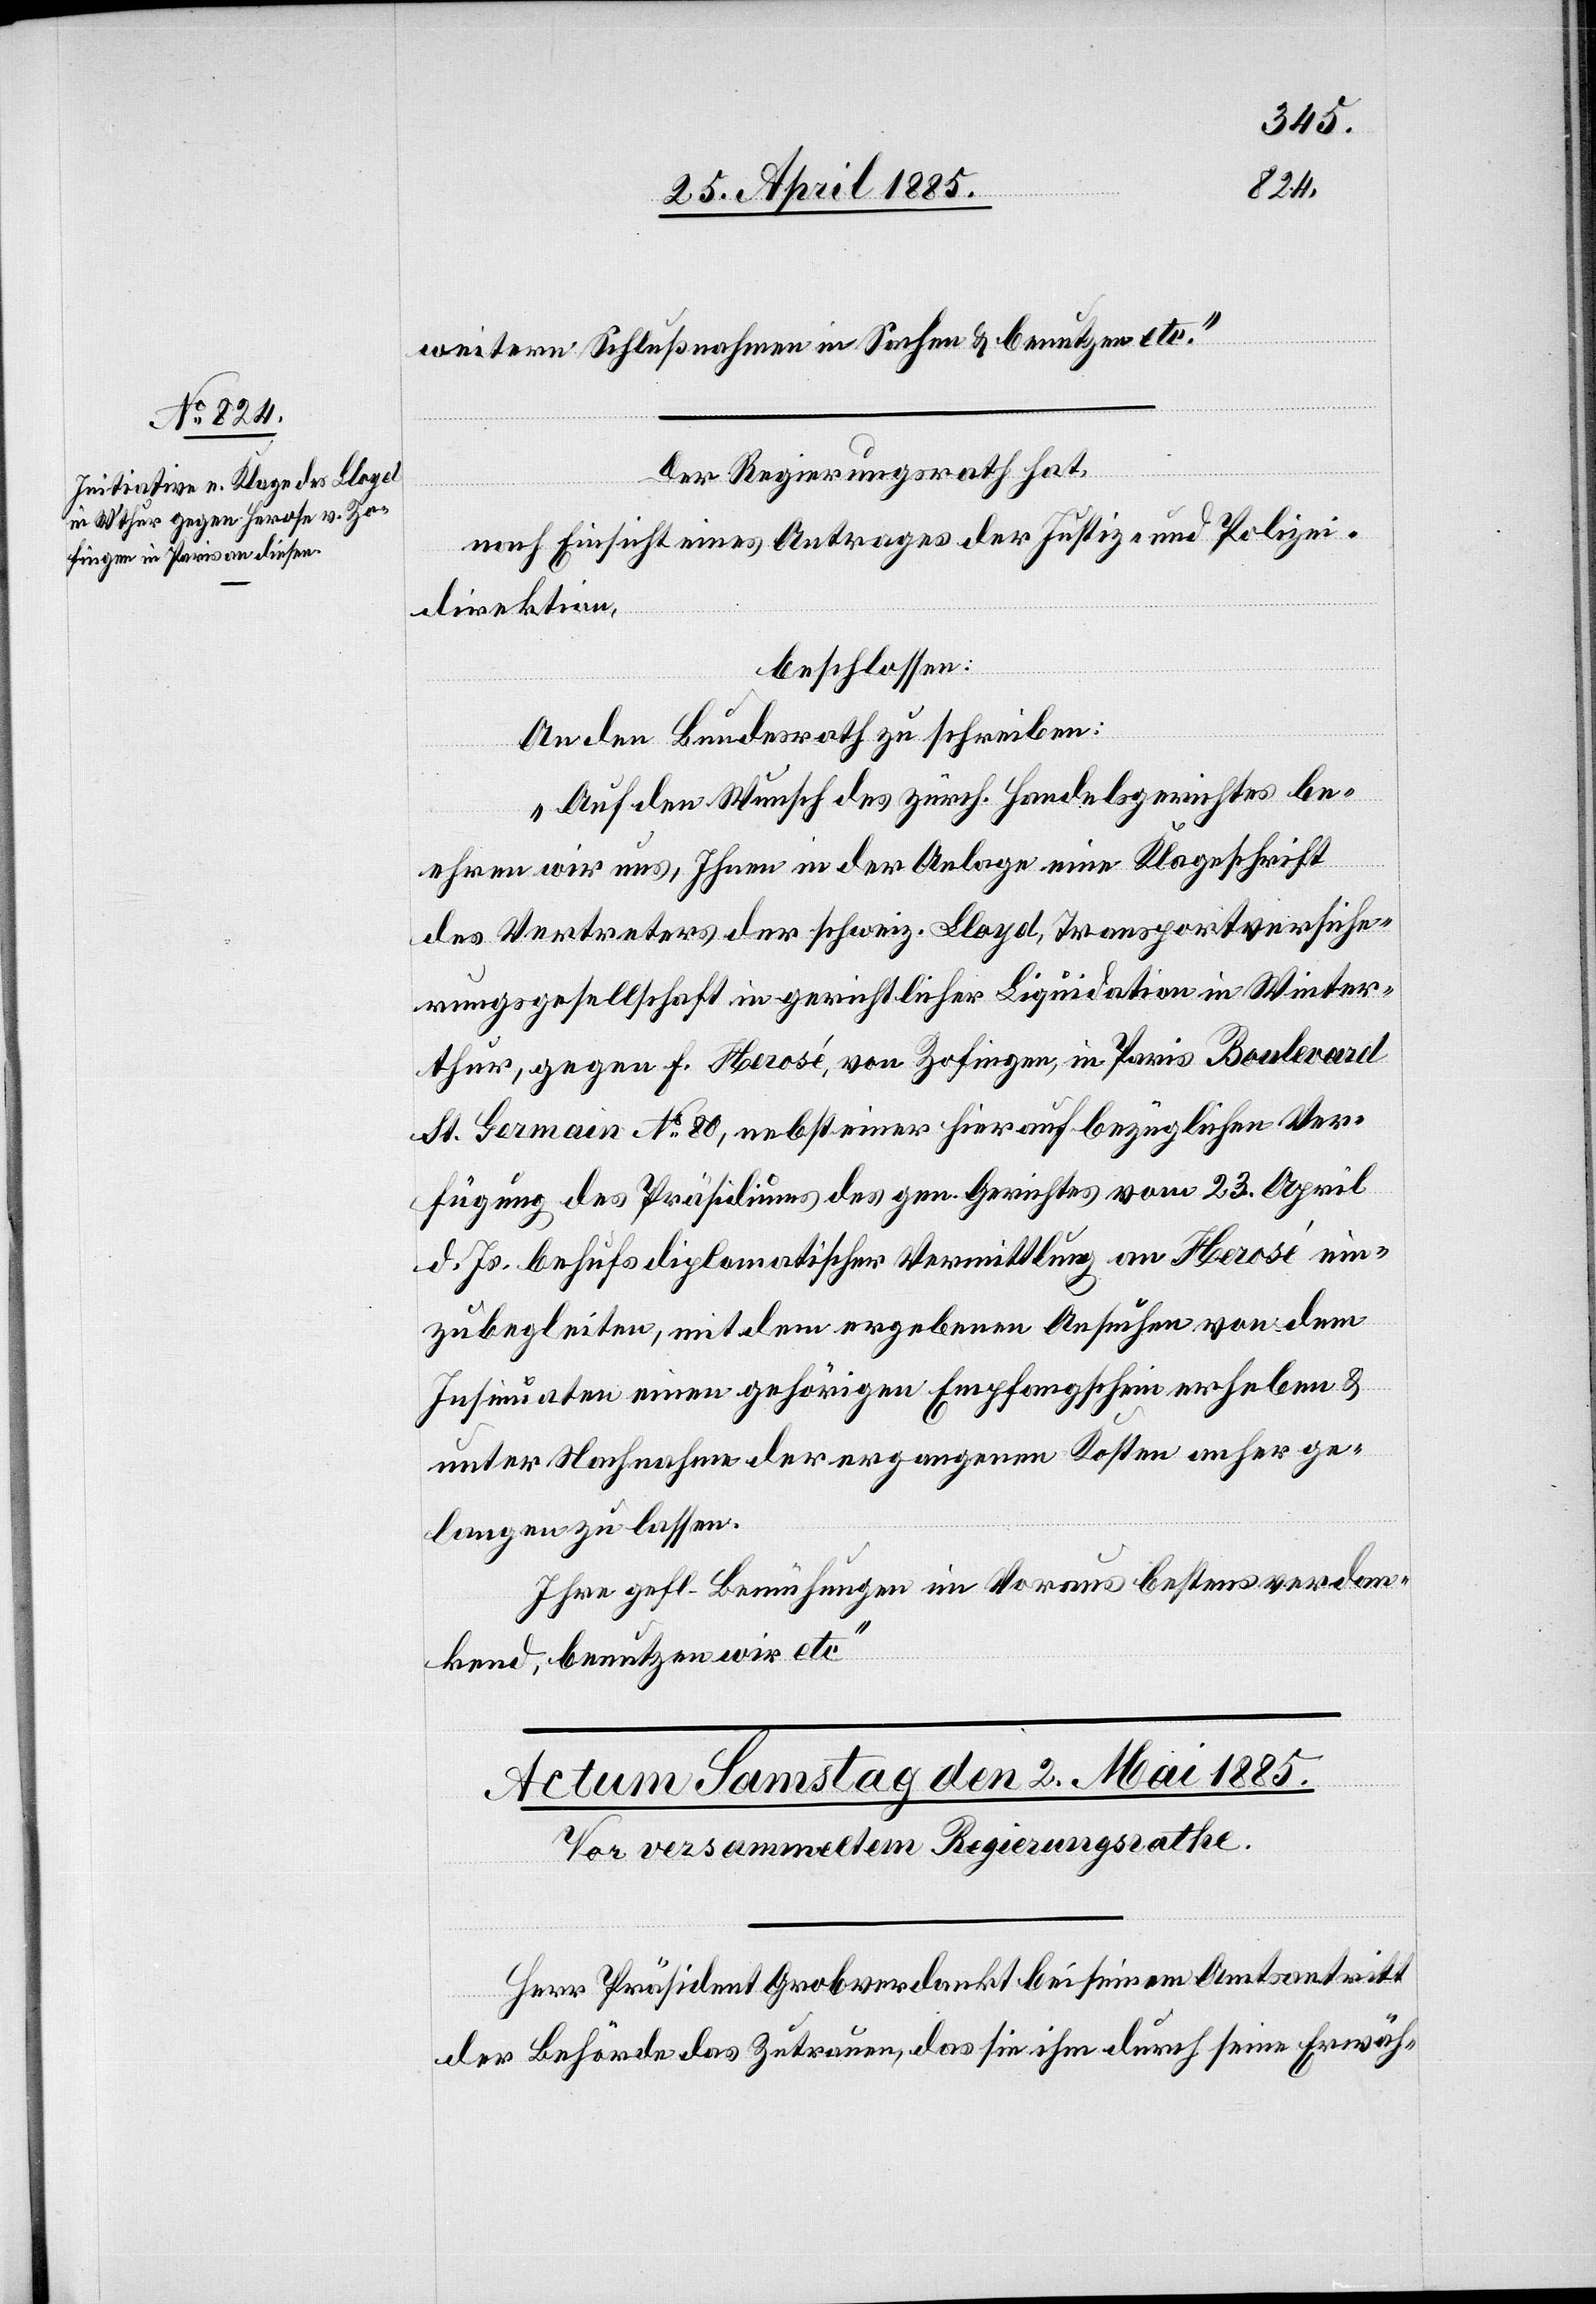
30. April 1885.]
weitern Schlußnahmen in Sachen & benutzen etc.“
Der Regierungsrath hat,
nach Einsicht eines Antrages der Justiz- und Polizei¬
direktion,
beschlossen:
An den Bundesrath zu schreiben:
„Auf den Wunsch des zürch. Handelsgerichtes be¬
ehren wir uns, Ihnen in der Anlage eine Klageschrift
des Vertreters der schweiz. Lloyd, Transportversiche¬
rungsgesellschaft in gerichtlicher Liquidation in Winter¬
thur, gegen F. Herosé, von Zofingen, in Paris Boulevard
St. Germain No 80, nebst einer hierauf bezüglichen Ver¬
fügung des Präsidiums des gen. Gerichtes vom 23. April
d. Js. behufs diplomatischer Vermittlung an Herosé ein¬
zubegleiten, mit dem ergebenen Ansuchen von dem
Insinuaten einen gehörigen Empfangsschein erheben &
unter Nachnahme der ergangenen Kosten anher ge¬
langen zu lassen.
Ihre gefl. Bemühungen im Voraus bestens verdan¬
kend, benutzen wir etc.“